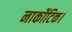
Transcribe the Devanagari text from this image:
नार्कोटिक।